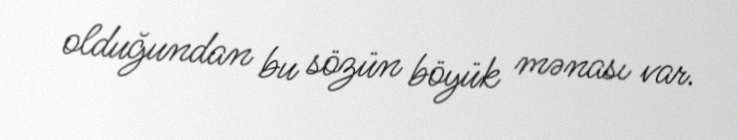
olduğundan bu sözün böyük mənası var.